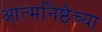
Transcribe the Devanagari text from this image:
आत्मनिष्ठेच्या